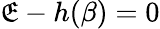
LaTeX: \mathfrak{E}-h(\beta)=0